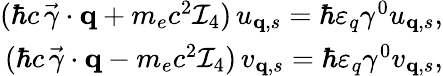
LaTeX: \begin{array}{r}{(\hbar c\, \vec{\gamma}\cdot{\mathbf q}+m_{e}c^{2}\mathcal{I}_{4})\, u_{{\mathbf q},s}=\hbar\varepsilon_{q}\gamma^{0}u_{{\mathbf q},s},}\\ {(\hbar c\, \vec{\gamma}\cdot{\mathbf q}-m_{e}c^{2}\mathcal{I}_{4})\, v_{{\mathbf q},s}=\hbar\varepsilon_{q}\gamma^{0}v_{{\mathbf q},s},}\end{array}